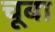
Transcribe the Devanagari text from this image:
चूबा